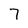
Character: 7